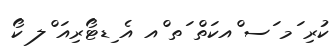
ކުރި ަމ ަސ ްއކަތް ަތ ްއ އެ ިޑޓޯރިއަ ްލ ކޯ